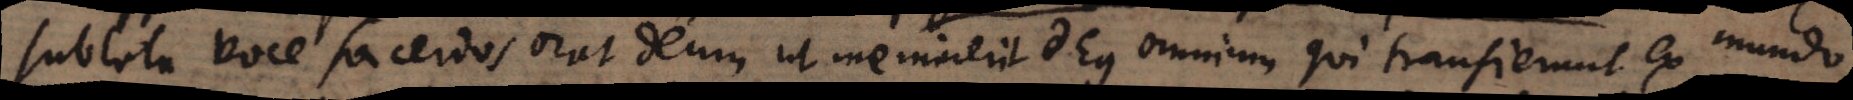
sublata voce sacerdos orat Deum ut meminerit Deus omnium qui transierunt ex mundo,